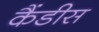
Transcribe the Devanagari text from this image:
कैंडीस